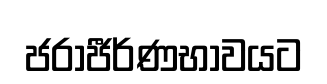
ජරාජීර්ණභාවයට